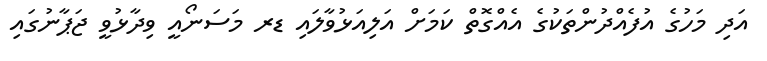
އަދި މަހުގެ އުފެއްދުންތަކުގެ އެއްގޮތް ކަމަށް އަލިއަޅުވާލައި ޑރ މަސަނޯއީ ވިދާޅުވީ ޖަޕާނުގައި